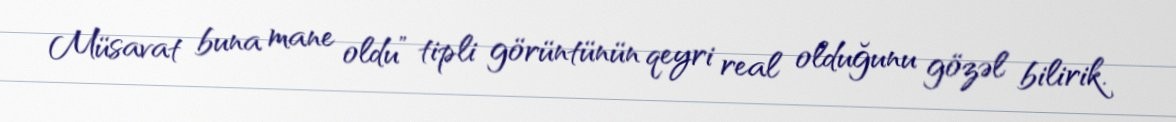
Müsavat buna mane oldu” tipli görüntünün qeyri real olduğunu gözəl bilirik.